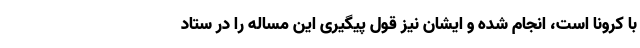
با کرونا است، انجام شده و ایشان نیز قول پیگیری این مساله را در ستاد